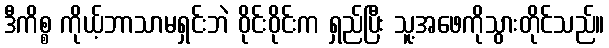
ဒီကိစ္စ ကိုယ့်ဘာသာမရှင်းဘဲ ဝိုင်းဝိုင်းက ရှည်ပြီး သူ့အဖေကိုသွားတိုင်သည်။